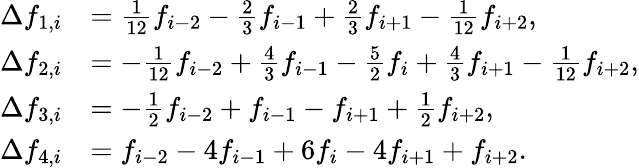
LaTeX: \begin{array}{rl}{\Delta f_{1,i}}&{=\frac{1}{12}f_{i-2}-\frac{2}{3}f_{i-1}+\frac{2}{3}f_{i+1}-\frac{1}{12}f_{i+2},}\\ {\Delta f_{2,i}}&{=-\frac{1}{12}f_{i-2}+\frac{4}{3}f_{i-1}-\frac{5}{2}f_{i}+\frac{4}{3}f_{i+1}-\frac{1}{12}f_{i+2},}\\ {\Delta f_{3,i}}&{=-\frac{1}{2}f_{i-2}+f_{i-1}-f_{i+1}+\frac{1}{2}f_{i+2},}\\ {\Delta f_{4,i}}&{=f_{i-2}-4f_{i-1}+6f_{i}-4f_{i+1}+f_{i+2}.}\end{array}